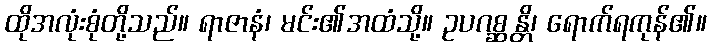
ထိုအလုံးစုံတို့သည်။ ရာဇာနံ၊ မင်း၏အထံသို့။ ဥပဂစ္ဆန္တိ၊ ရောက်ရကုန်၏။